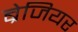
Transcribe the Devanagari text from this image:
ब्रेजियर